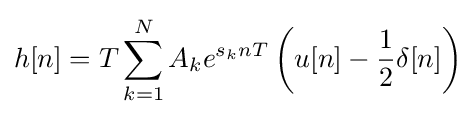
h[n]=T\sum _{k=1}^{N}{A_{k}e^{s_{k}nT}}\left(u[n]-{\frac {1}{2}}\delta [n]\right)